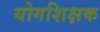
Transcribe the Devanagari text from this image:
योगशिक्षक